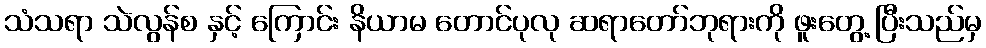
သံသရာ သဲလွန်စ နှင့် ကြောင်း နိယာမ တောင်ပုလု ဆရာတော်ဘုရားကို ဖူးတွေ့ ပြီးသည်မှ